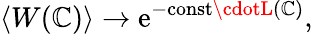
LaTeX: \left<W(\mathbb{C})\right>\to\mathrm{{e}}^{-\mathrm{{const}}\cdotL(\mathbb{C})},